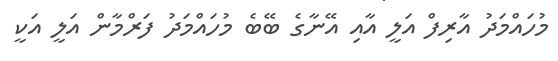
މުހައްމަދު އާރިފް އަލީ އާއި އޭނާގެ ބޭބެ މުހައްމަދު ފަރްމާން އަލީ އަކީ